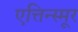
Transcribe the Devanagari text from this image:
एत्तिन्स्मूर